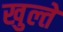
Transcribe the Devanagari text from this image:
खुल्ते